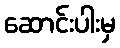
ဆောင်းပါးမှ